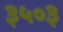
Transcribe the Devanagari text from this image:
३५०३